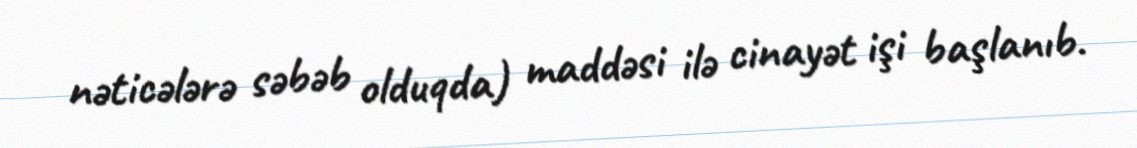
nəticələrə səbəb olduqda) maddəsi ilə cinayət işi başlanıb.